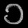
Digit: ၁